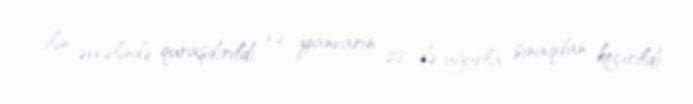
ilin əvvəlində quraşdırıldı və yanvarın 28-də uğurla sınaqdan keçirildi.